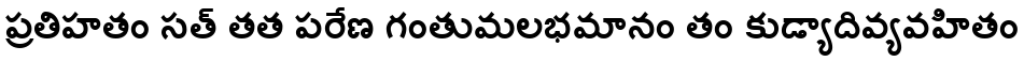
ప్రతిహతం సత్ తత పరేణ గంతుమలభమానం తం కుడ్యాదివ్యవహితం